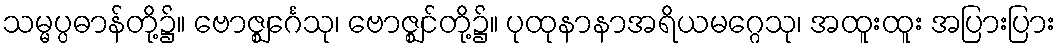
သမ္မပ္ပဓာန်တို့၌။ ဗောဇ္ဈင်္ဂေသု၊ ဗောဇ္ဈင်တို့၌။ ပုထုနာနာအရိယမဂ္ဂေသု၊ အထူးထူး အပြားပြား